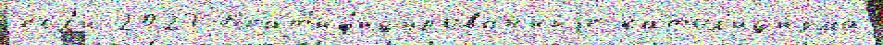
е́сл'и 2023 Б'еат'иф'ицированныjе катол'ици́зма